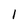
Character: l